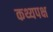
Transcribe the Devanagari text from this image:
कथ्यपक्ष